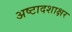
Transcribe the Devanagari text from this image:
अष्टादशाक्षर